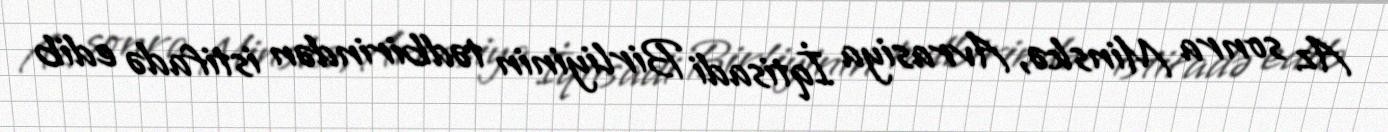
Az sonra Minskə, Avrasiya İqtisadi Birliyinin tədbirindən istifadə edib